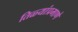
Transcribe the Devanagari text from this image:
तिळ्यांप्रमाणे